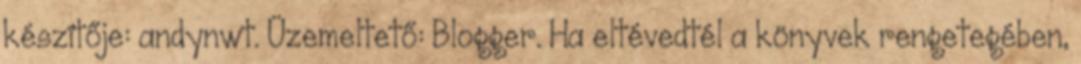
készítője: andynwt. Üzemeltető: Blogger. Ha eltévedtél a könyvek rengetegében,